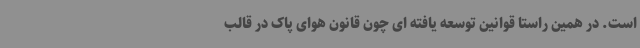
است. در همین راستا قوانین توسعه یافته ای چون قانون هوای پاک در قالب